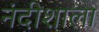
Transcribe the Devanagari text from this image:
नंदीशाला